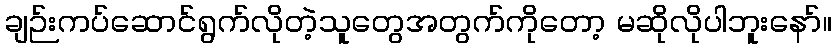
ချဉ်းကပ်ဆောင်ရွက်လိုတဲ့သူတွေအတွက်ကိုတော့ မဆိုလိုပါဘူးနော်။